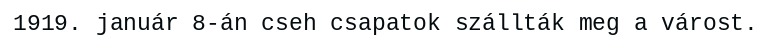
1919. január 8-án cseh csapatok szállták meg a várost.